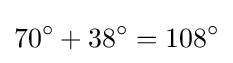
70^{\circ }+38^{\circ }=108^{\circ }